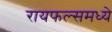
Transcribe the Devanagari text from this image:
रायफल्समध्ये